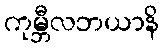
ကုမ္ဘီလဘယာနိ